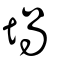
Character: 堝